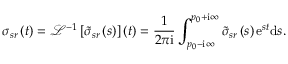
\sigma _ { s r } \left( t \right) = \mathcal { L } ^ { - 1 } \left[ \tilde { \sigma } _ { s r } \left( s \right) \right] \left( t \right) = \frac { 1 } { 2 \pi \mathrm { i } } \int _ { p _ { 0 } - \mathrm { i } \infty } ^ { p _ { 0 } + \mathrm { i } \infty } \tilde { \sigma } _ { s r } \left( s \right) \mathrm { e } ^ { s t } \mathrm { d } s .